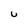
Character: u